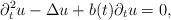
LaTeX: \begin{align*} \partial_t^2 u - \Delta u + b(t) \partial_t u = 0,\end{align*}